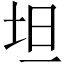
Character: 坦